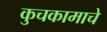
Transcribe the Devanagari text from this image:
कुचकामाचे